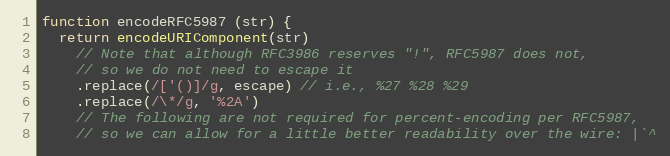
Language: JavaScript
function encodeRFC5987 (str) {
  return encodeURIComponent(str)
    // Note that although RFC3986 reserves "!", RFC5987 does not,
    // so we do not need to escape it
    .replace(/['()]/g, escape) // i.e., %27 %28 %29
    .replace(/\*/g, '%2A')
    // The following are not required for percent-encoding per RFC5987,
    // so we can allow for a little better readability over the wire: |`^